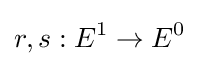
r,s:E^{1}\rightarrow E^{0}